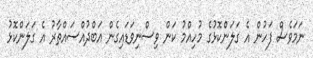
ނަމަވެސް ފަހުން އެ ގަލަންކޮޅުގެ މުހިއްމު ކަން ވިސްނިވަޑައިގެން އަބްދުއްސައްތާރު އެ ގަލަންކޮޅު